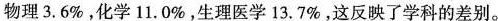
物理3.6\%，化学11.0\%，生理医学13.7\%，这反映了学科的差别。